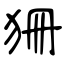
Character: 狦